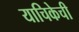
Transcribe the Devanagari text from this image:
याचिकेची